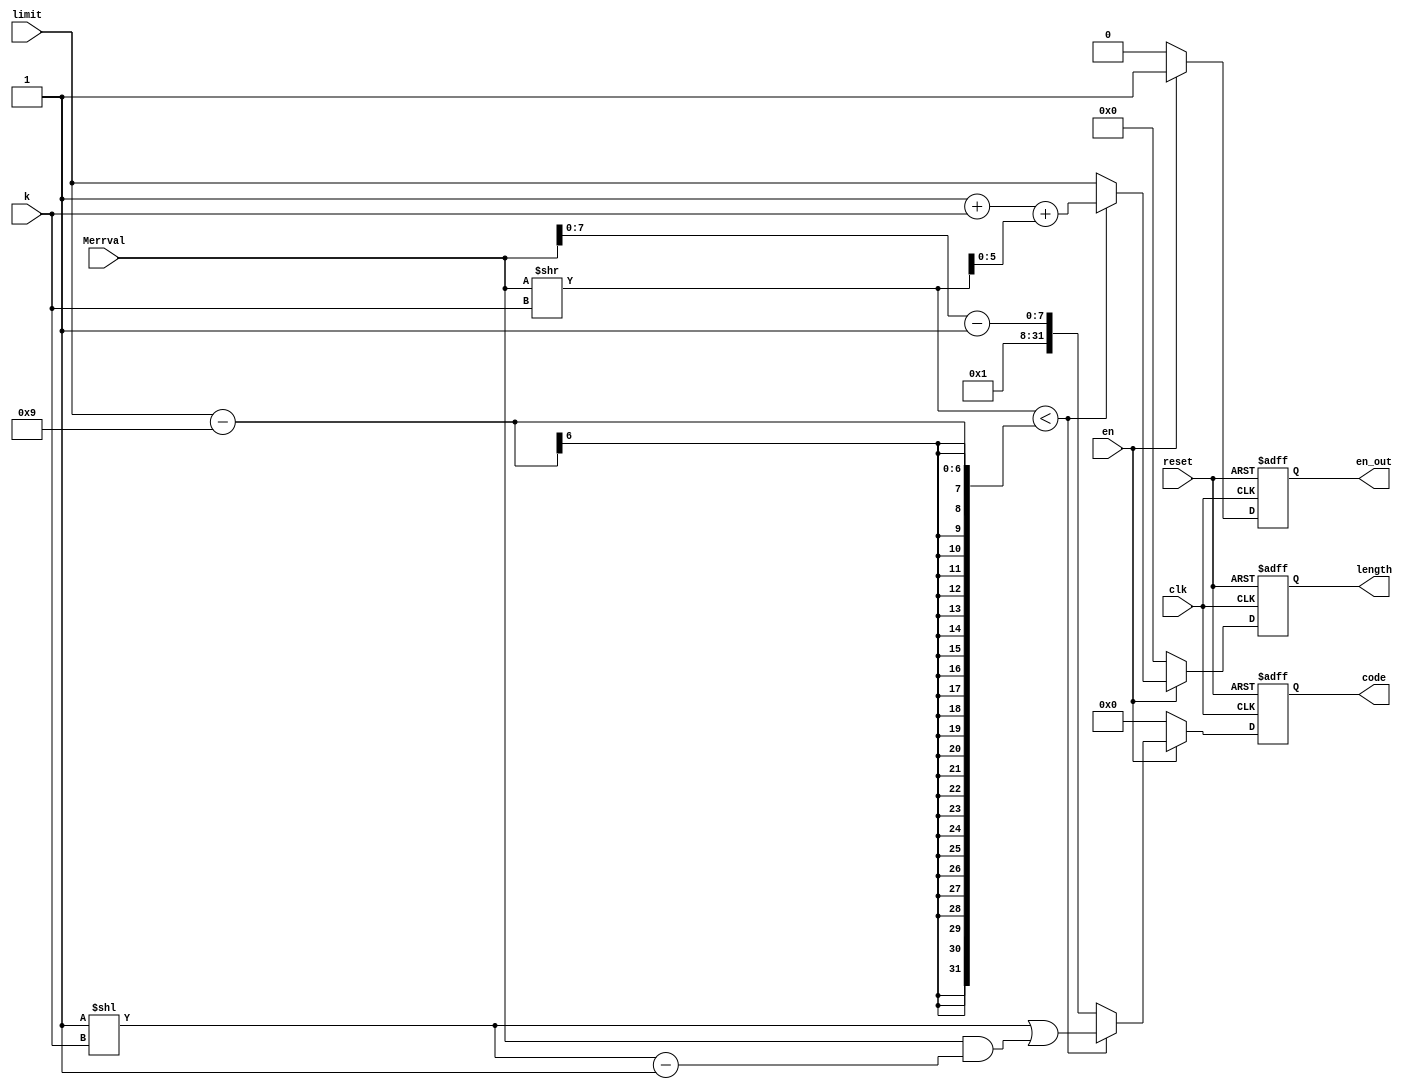
module golomb(clk,reset,en,Merrval,k,limit, length, code,en_out);
    input clk;
	 input reset;
	 input en;
    input [8:0] Merrval;
	 input [4:0] k;
    input [5:0] limit;
    output [5:0] length;
    output [31:0] code;
	 output en_out;
	 
	 reg[5:0] length;
	 reg[31:0] code;
	 reg en_out;
	 
	 wire[31:0] value1;
	 wire[31:0] value2;
	 wire[31:0] value3;
	 wire[7:0]  mee;
	 
	 assign value1=(Merrval>>k);
	 assign value2=Merrval&((1<<k)-1);
	 assign value3=limit-9;
	 
	 assign mee=Merrval[7:0]-1;
	 always@(posedge clk or negedge reset)
	 begin
	   if(!reset)
		 begin
		 length<=0;
		 code<=0;
		 en_out<=0;
		 end
		else if(en)
		     begin
			    en_out<=1;
		       if(value1<value3)
				   begin
					length<=1+k+value1;
					code<=(1<<k)|(value2);
					end
				 else
				   begin
					length<=limit;
					code<={24'h001,mee};
					end
		     end
	    else begin
		   length<=0;
		   code<=0;
		   en_out<=0;
		   end
	 end
	 

endmodule